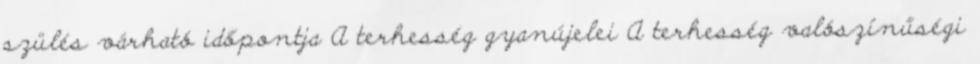
szülés várható időpontja A terhesség gyanújelei A terhesség valószínűségi